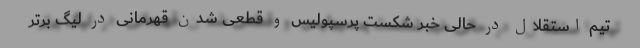
تیم استقلال در حالی خبر شکست پرسپولیس و قطعی شدن قهرمانی در لیگ برتر